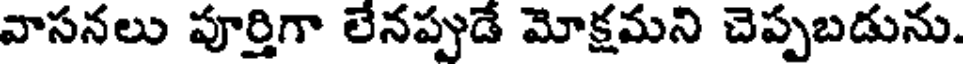
వాసనలు పూర్తిగా లేనప్పుడే మోక్షమని చెప్పబడును.